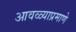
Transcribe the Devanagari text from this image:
आवळ्याप्रमाणे